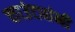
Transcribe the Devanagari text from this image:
काउंट्यांनी